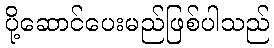
ပို့ဆောင်ပေးမည်ဖြစ်ပါသည်